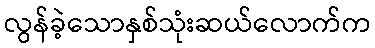
လွန်ခဲ့သောနှစ်သုံးဆယ်လောက်က